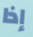
إذا